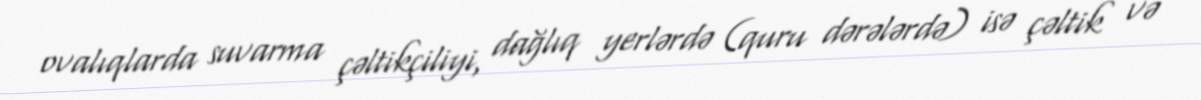
ovalıqlarda suvarma çəltikçiliyi, dağlıq yerlərdə (quru dərələrdə) isə çəltik və